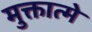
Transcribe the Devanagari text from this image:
मुक्तात्मे